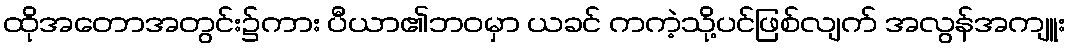
ထိုအတောအတွင်း၌ကား ပီယာ၏ဘဝမှာ ယခင် ကကဲ့သို့ပင်ဖြစ်လျက် အလွန်အကျူး